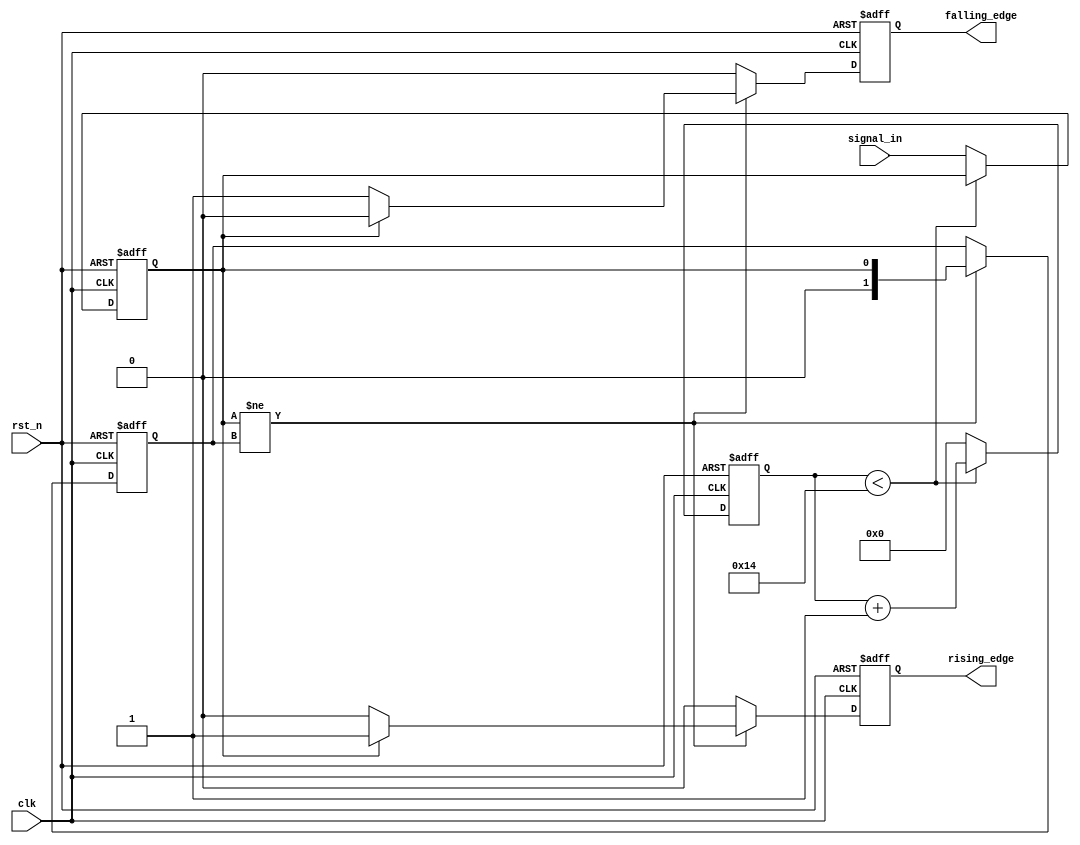
module debounced_edge_detector (
    input wire clk,            // Clock input
    input wire rst_n,         // Active low reset
    input wire signal_in,     // Asynchronous input signal (from switch/button)
    output reg rising_edge,    // Output signal for rising edge detection
    output reg falling_edge    // Output signal for falling edge detection
);

    // Parameters for debounce timing
    parameter DEBOUNCE_COUNT = 20; // Adjust this value based on clock frequency and debounce time

    // State variables
    reg [1:0] state;            // Current state of the debounced signal
    reg [1:0] next_state;       // Next state of the debounced signal
    reg [4:0] debounce_counter; // Counter for debounce timing
    reg stable_signal;          // Stable signal after debouncing

    // State encoding
    localparam LOW = 1'b0;
    localparam HIGH = 1'b1;

    // Sequential logic for debouncing and state transition
    always @(posedge clk or negedge rst_n) begin
        if (!rst_n) begin
            state <= LOW;
            debounce_counter <= 0;
            stable_signal <= 0;
            rising_edge <= 0;
            falling_edge <= 0;
        end else begin
            // Update state based on debounce counter
            if (debounce_counter < DEBOUNCE_COUNT) begin
                debounce_counter <= debounce_counter + 1;
            end else begin
                stable_signal <= signal_in; // Update stable signal after debounce period
                debounce_counter <= 0; // Reset counter
            end

            // Edge detection logic
            if (stable_signal != state) begin
                if (stable_signal == HIGH) begin
                    rising_edge <= 1; // Rising edge detected
                    falling_edge <= 0; // Clear falling edge
                end else begin
                    falling_edge <= 1; // Falling edge detected
                    rising_edge <= 0; // Clear rising edge
                end
                state <= stable_signal; // Update current state
            end else begin
                rising_edge <= 0; // Clear rising edge
                falling_edge <= 0; // Clear falling edge
            end
        end
    end

endmodule